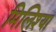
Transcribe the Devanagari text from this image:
मिलिश्या